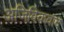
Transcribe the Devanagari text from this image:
अजिविकवाद